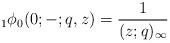
LaTeX: \begin{align*} {}_{1}\phi_{0}(0;-;q,z)=\frac{1}{(z;q)_{\infty}} \end{align*}